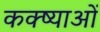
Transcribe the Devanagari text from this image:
कक्ष्याओं